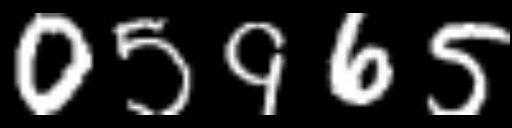
Text: 05965